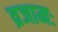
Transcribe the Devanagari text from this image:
व्रजामः